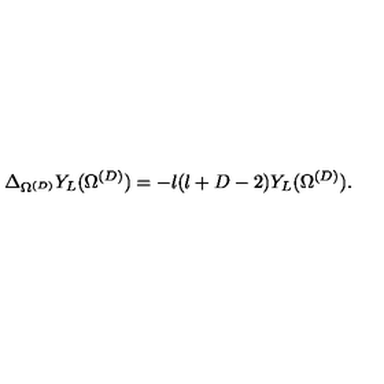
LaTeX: \Delta _ { \Omega ^ { ( { D } ) } } Y _ { L } ( \Omega ^ { ( { D } ) } ) = - l ( l + D - 2 ) Y _ { L } ( \Omega ^ { ( { D } ) } ) .